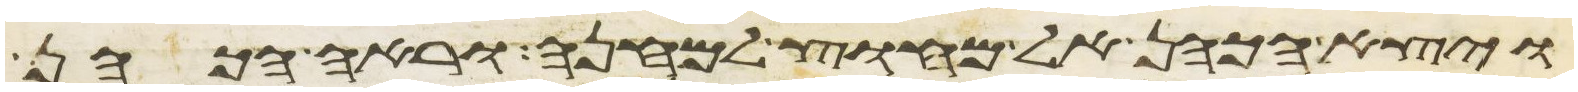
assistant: ויצא הכהן אל מחוץ למחנה וראה הכהן